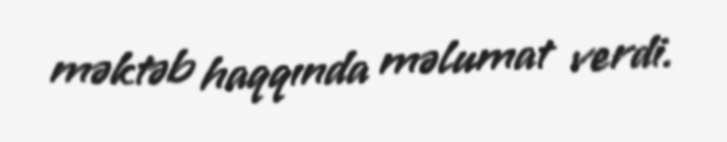
məktəb haqqında məlumat verdi.